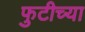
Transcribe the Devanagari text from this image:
फुटीच्या